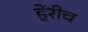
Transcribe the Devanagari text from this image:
हेंरीच